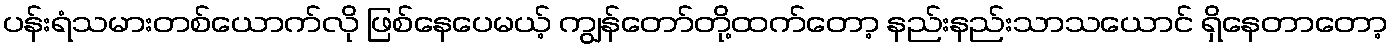
ပန်းရံသမားတစ်ယောက်လို ဖြစ်နေပေမယ့် ကျွန်တော်တို့ထက်တော့ နည်းနည်းသာသယောင် ရှိနေတာတော့